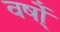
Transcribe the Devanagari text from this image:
वर्षो्ं